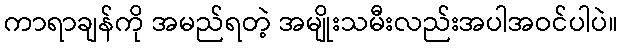
ကာရာချန်ကို အမည်ရတဲ့ အမျိုးသမီးလည်းအပါအဝင်ပါပဲ။